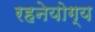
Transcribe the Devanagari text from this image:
रहनेयोग्य